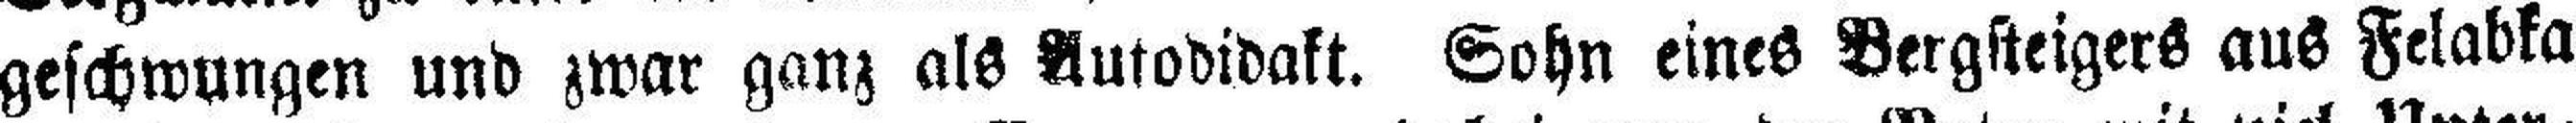
geschwungen und zwar ganz als Autodidakt. Sohn eines Bergsteigers aus Felabka